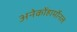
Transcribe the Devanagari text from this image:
अनेकोंहार्मोनल